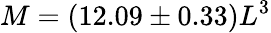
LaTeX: M=(12.09\pm 0.33)L^{3}